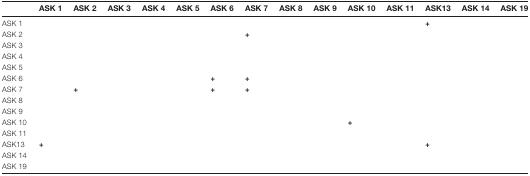
|  | ASK 1 | ASK 2 | ASK 3 | ASK 4 | ASK 5 | ASK 6 | ASK 7 | ASK 8 | ASK 9 | ASK 10 | ASK 11 | ASK 13 | ASK 14 | ASK 19 |
 | --- | --- | --- | --- | --- | --- | --- | --- | --- | --- | --- | --- | --- | --- | --- |
 | ASK 1 |  |  |  |  |  |  |  |  |  |  |  | + |  |  |
 | ASK 2 |  |  |  |  |  |  | + |  |  |  |  |  |  |  |
 | ASK 3 |  |  |  |  |  |  |  |  |  |  |  |  |  |  |
 | ASK 4 |  |  |  |  |  |  |  |  |  |  |  |  |  |  |
 | ASK 5 |  |  |  |  |  |  |  |  |  |  |  |  |  |  |
 | ASK 6 |  |  |  |  |  | + | + |  |  |  |  |  |  |  |
 | ASK 7 |  | + |  |  |  | + | + |  |  |  |  |  |  |  |
 | ASK 8 |  |  |  |  |  |  |  |  |  |  |  |  |  |  |
 | ASK 9 |  |  |  |  |  |  |  |  |  |  |  |  |  |  |
 | ASK 10 |  |  |  |  |  |  |  |  |  | + |  |  |  |  |
 | ASK 11 |  |  |  |  |  |  |  |  |  |  |  |  |  |  |
 | ASK13 | + |  |  |  |  |  |  |  |  |  |  | + |  |  |
 | ASK 14 |  |  |  |  |  |  |  |  |  |  |  |  |  |  |
 | ASK 19 |  |  |  |  |  |  |  |  |  |  |  |  |  |  |